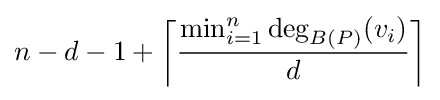
n-d-1+\left\lceil {\frac {\min _{i=1}^{n}\deg _{B(P)}(v_{i})}{d}}\right\rceil